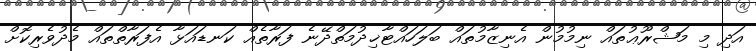
އަދި މި މަޝްރޫޢުތައް ނިމުމުން އެނިޒާމުތައް ބަލަހައްޓާޚިދުމަތްދޭނެ ފަރާތެއް ކަނޑައަޅާ އެފަރާތްތައް މެދުވެރިކޮށް